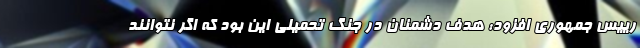
رییس جمهوری افزود: هدف دشمنان در جنگ تحمیلی این بود که اگر نتوانند